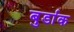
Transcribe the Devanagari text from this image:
बुर्डाक